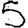
Digit: 5